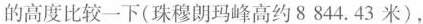
的高度比较一下(珠穆朗玛峰高约8844.43米)，